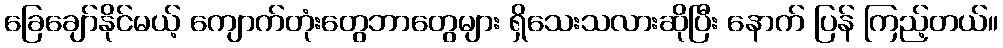
ခြေချော်နိုင်မယ့် ကျောက်တုံးတွေဘာတွေများ ရှိသေးသလားဆိုပြီး နောက် ပြန် ကြည့်တယ်။